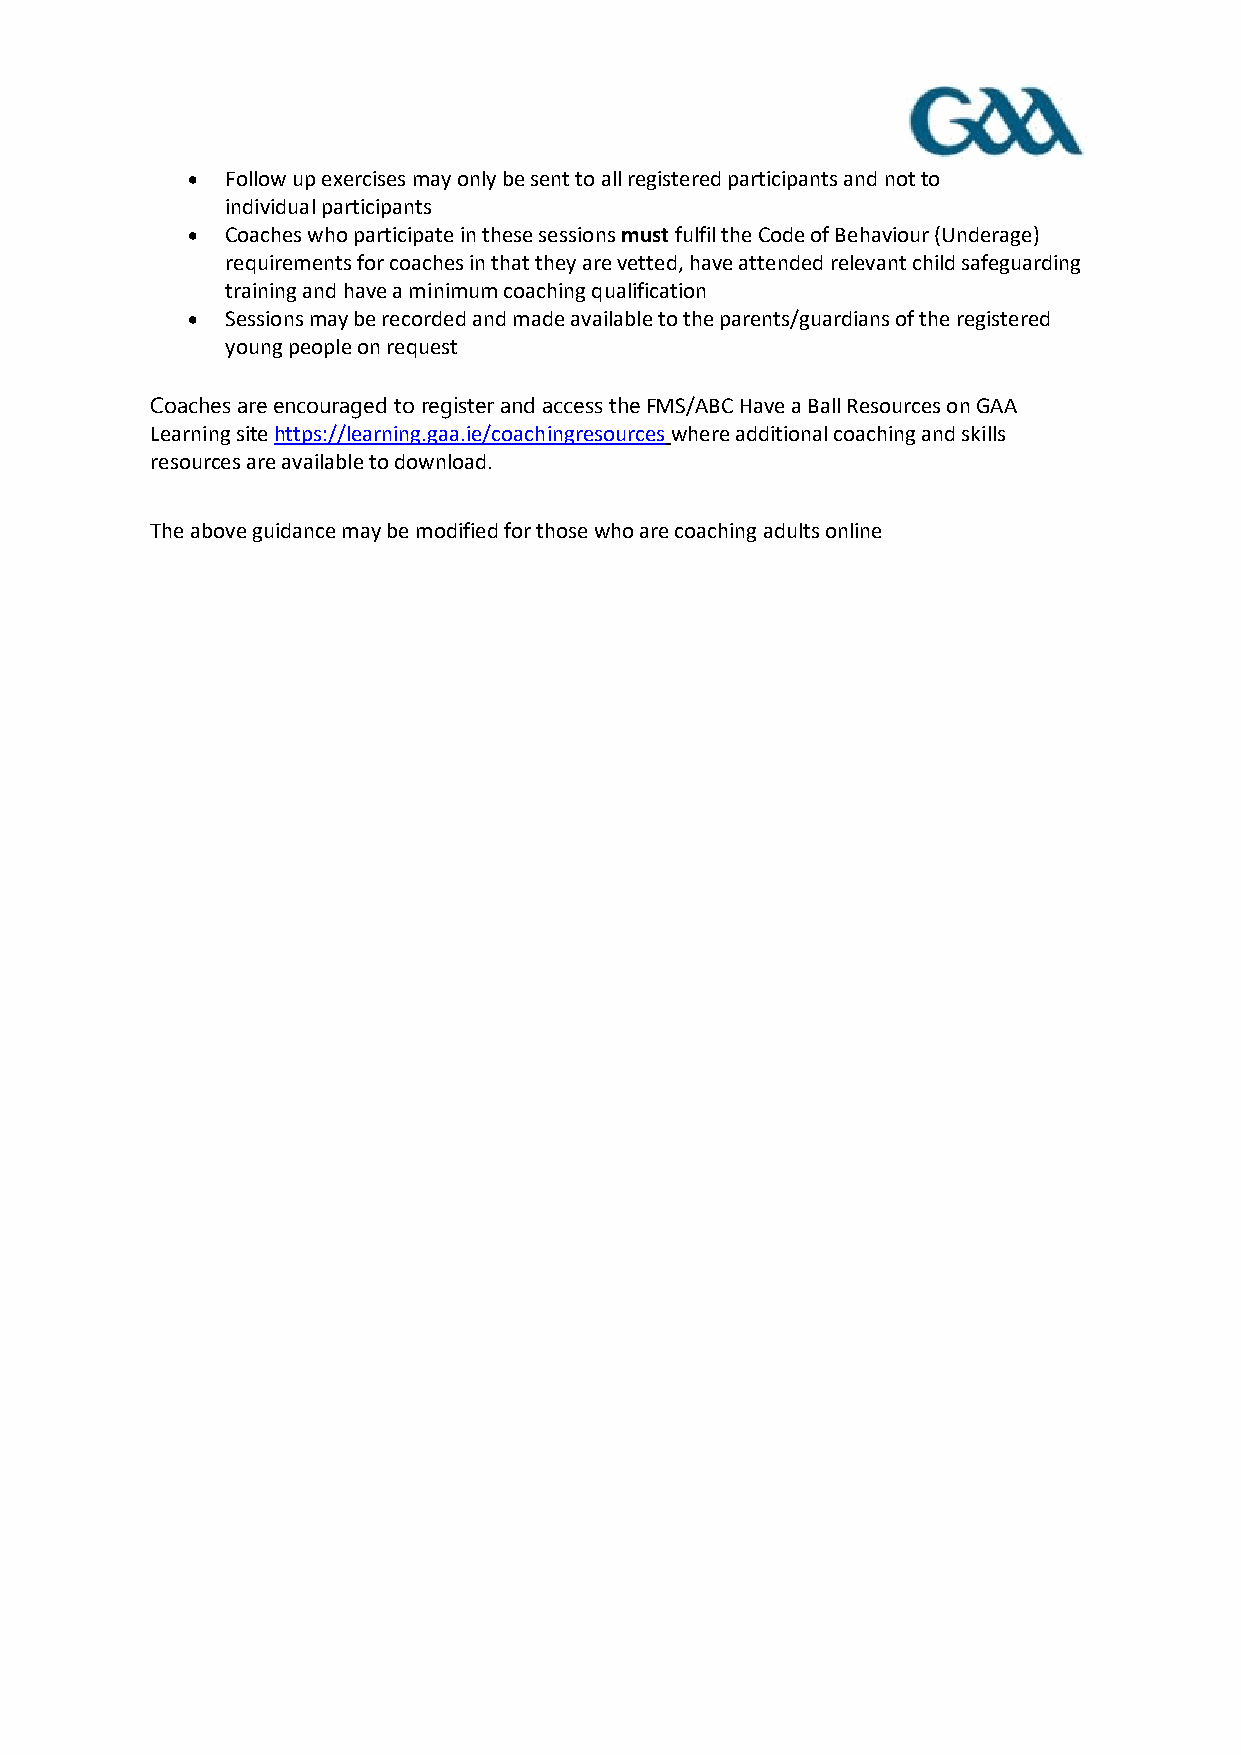
•  Follow up exercises may only be sent to all registered participants and not to
 individual participants
 •  Coaches who participate in these sessions must fulfil the Code of Behaviour (Underage)
 requirements for coaches in that they are vetted, have attended relevant child safeguarding
 training and have a minimum coaching qualification
 •  Sessions may be recorded and made available to the parents/guardians of the registered
 young people on request
 Coaches are encouraged to register and access the FMS/ABC Have a Ball Resources on GAA
 Learning site https://learning.gaa.ie/coachingresources where additional coaching and skills
 resources are available to download.
 The above guidance may be modified for those who are coaching adults online